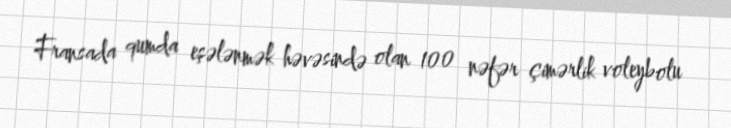
Fransada qumda eşələnmək həvəsində olan 100 nəfər çimərlik voleybolu